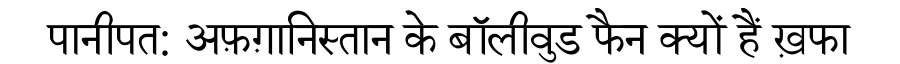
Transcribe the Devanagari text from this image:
पानीपत: अफ़ग़ानिस्तान के बॉलीवुड फैन क्यों हैं ख़फा